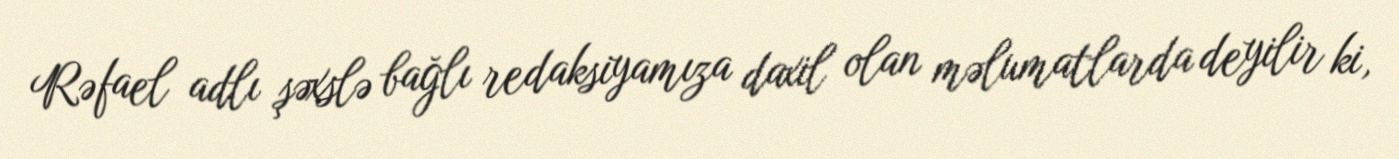
Rəfael adlı şəxslə bağlı redaksiyamıza daxil olan məlumatlarda deyilir ki,